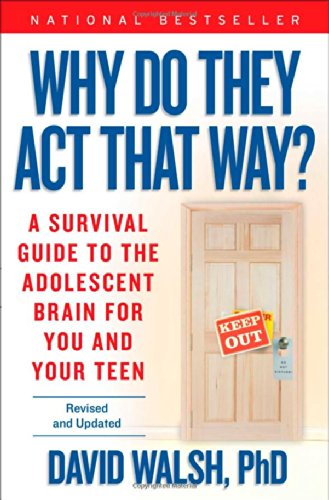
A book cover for Why Do They Act That Way? - Revised and Updated: A Survival Guide to the Adolescent Brain for You and Your Teen; Dr. David Walsh Ph.D.; Parenting & Relationships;